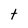
Character: t